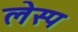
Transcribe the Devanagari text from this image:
लेस्प